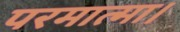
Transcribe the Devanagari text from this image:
परमात्मा।